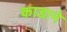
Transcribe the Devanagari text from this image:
काडाने